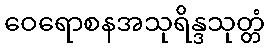
ဝေရောစနအသုရိန္ဒသုတ္တံ